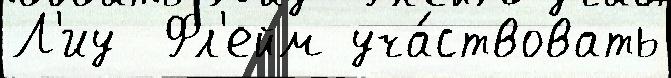
Л'иу  Фл'ейм уча́ствовать